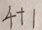
4 + 1